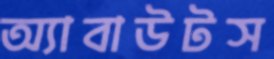
অ্যাবাউটস